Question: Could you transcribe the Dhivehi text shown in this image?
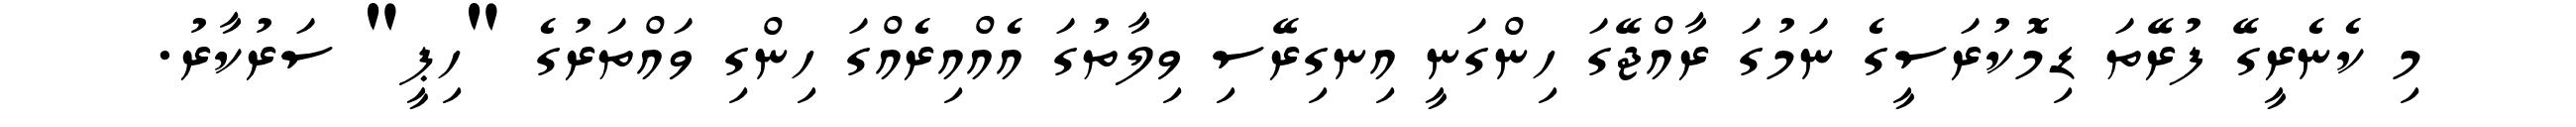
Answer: މި ކެނެރީގޭ ފުރޭތަ ޑިމޮކުރަސީގެ ނަމުގަ ރާއްޖޭގަ ހިންގަނީ އިނގިރޭސި ވިލާތުގަ އެއްއިރެއްގަ ހިންގި ވައްތަރުގެ "ހިޕީ" ސަރުކާރު.